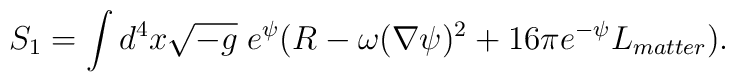
S_1=\int d^4x\sqrt{-g}\;e^\psi(R-\omega(\nabla\psi)^2+16\pi e^{-\psi}L_{matter}).